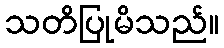
သတိပြုမိသည်။